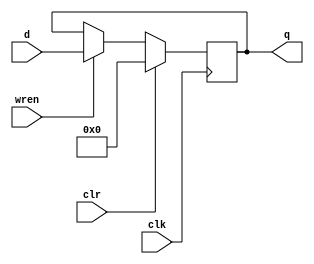
module reg32bit (q, d, clr, clk, wren);
	input [31:0] d;
	input	clr, clk, wren;
	output [31:0] q;
	reg [31:0] r;
	always @(posedge clk)
	begin
		if (wren) begin
			r = d;
		end
		if (clr) begin
			r = 32'b0;
		end
	end
	assign q = r;
endmodule